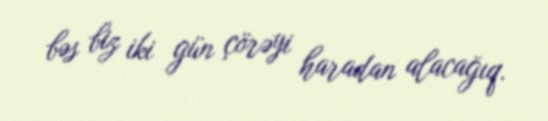
bəs biz iki gün çörəyi haradan alacağıq.